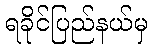
ရခိုင်ပြည်နယ်မှ